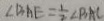
\angle B A E = \frac { 1 } { 2 } \angle B A C